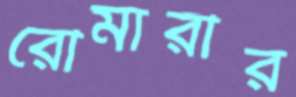
রৌমারীর